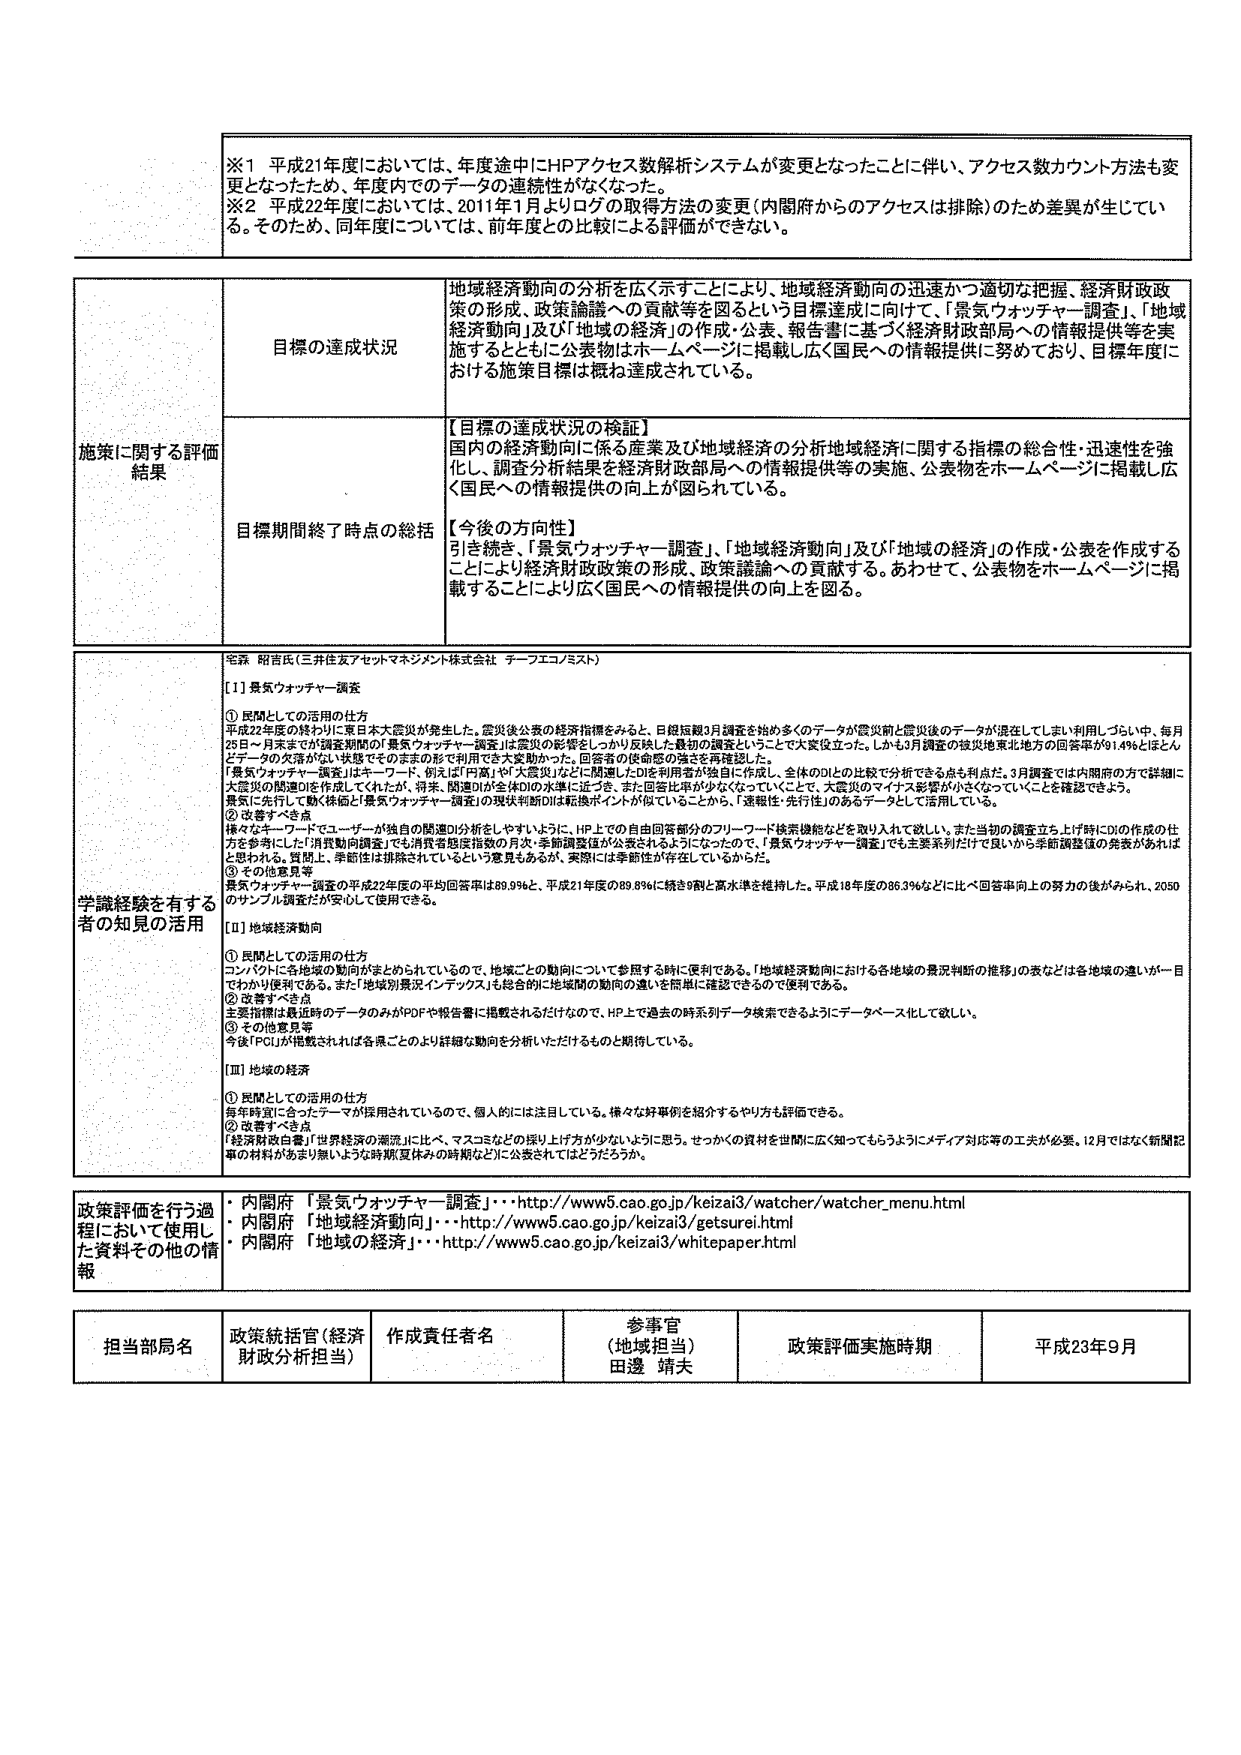
※1 平成21年度においては、年度途中にHPアクセス数解析システムが変更となったことに伴い、アクセス数カウント方法も変更となったため、年度内でのデータの連続性がなくなった。

※2 平成22年度においては、2011年1月よりログの取得方法の変更（内閣府からのアクセスは排除）のため差異が生じている。そのため、同年度については、前年度との比較による評価ができない。

施策に関する評価結果

目標の達成状況
地域経済動向の分析を広く示すことにより、地域経済動向の迅速かつ適切な把握、経済財政政策の形成、政策議論への貢献等を図るという目標達成に向けて、「景気ウォッチャー調査」、「地域経済動向」及び「地域の経済」の作成・公表、報告書に基づく経済財政部局への情報提供等を実施するとともに公表物はホームページに掲載し広く国民への情報提供に努めており、目標年度における施策目標は概ね達成されている。

目標期間終了時点の総括
【目標の達成状況の検証】
国内の経済動向に係る産業及び地域経済の分析地域経済に関する指標の総合性・迅速性を強化し、調査分析結果を経済財政部局への情報提供等の実施、公表物をホームページに掲載し広く国民への情報提供の向上が図られている。

【今後の方向性】
引き続き、「景気ウォッチャー調査」、「地域経済動向」及び「地域の経済」の作成・公表を作成することにより経済財政政策の形成、政策議論への貢献する。あわせて、公表物をホームページに掲載することにより広く国民への情報提供の向上を図る。

学識経験を有する者の知見の活用

宅銘 昭吉氏（三井住友アセットマネジメント株式会社 テーフエコノミスト）

【Ⅰ】景気ウォッチャー調査
① 民間としての活用の仕方
平成22年度の終わりに東日本大震災が発生した。震災後公表の経済指標をみると、日銀短観3月調査を始め多くのデータが震災前と震災後のデータが混在してしまい利用しづらい中、毎月25日～月末までが調査期間の「景気ウォッチャー調査」は震災の影響をしっかり反映した最初の調査ということで大変役立った。しかし3月調査の被災地東北地方の回答率が9.4％とほとんどデータの欠落がない状態でそのままの形で利用できる変動があった。回答者の使命感の強さを再確認した。
「景気ウォッチャー調査」はキーワード、例えば「円高」や「大震災」などに関連したDIを利用者が独自に作成し、全体のDIとの比較で分析できる点も利点だ。3月調査では内閣府の方で詳細に大震災の関連DIを作成してくれたが、将来、関連DIが全体DIの水準に近づき、また回答比率が少なくなっていくことで、大震災のマイナス影響が小さくなっていくことを確認できる。景気と先行して動く株価と「景気ウォッチャー調査」の現状判断DIは転換ポイントが似ていることから、「連載性・先行性」のあるデータとして活用している。

② 改善すべき点
様々なキーワードでユーザーが独自の関連DI分析をしやすいように、HPでの自由回答部分のフリーワード検索機能などを取り入れて欲しい。また当初の調査立ち上げ時にDIの作成の仕方を参考にした「消費動向調査」でも消費者態度指数の月次・季節調整値が公表されるようになったので、「景気ウォッチャー調査」でも主要系列だけで良いから季節調整値の発表があればと思われる。質問上、季節性は排除されているという意見もあるが、実際には季節性が存在しているからだ。

③ その他意見等
景気ウォッチャー調査の平成22年度の平均回答率は89.9％と、平成21年度の89.8％に続き9割と高水準を維持した。平成18年度の86.3％などに比べ回答率向上の努力の後がみられ、2050のサンプル調査だが安心して使用できる。

【Ⅱ】地域経済動向
① 民間としての活用の仕方
コンパクトに各地域の動向がまとめられているので、地域ごとの動向について参照する時に便利である。「地域経済動向における各地域の景況判断の推移」の表などは各地域の違いが一目でわかり便利である。また「地域別景況インデックス」も総合的に地域間の動向の違いを簡単に確認できるので便利である。

② 改善すべき点
主要指標は最近時のデータのみがPDFや報告書に掲載されるだけなので、HP上で過去の時系列データ検索できるようにデータベース化して欲しい。

③ その他意見等
今後「PCI」が掲載されれば各県ごとのより詳細な動向を分析いただけるものと期待している。

【Ⅲ】地域の経済
① 民間としての活用の仕方
毎年時宜に合ったテーマが採用されているので、個人的には注目している。様々な好事例を紹介するやり方も評価できる。

② 改善すべき点
「経済財政白書」「世界経済の潮流」に比べ、マスコミなどの採り上げ方が少ないように思う。せっかくの資料を世間に広く知ってもらうようにメディア対応等の工夫が必要。12月ではなく新聞記事の材料があまり無いような時期（夏休みの時期など）に公表されてはどうだろうか。

政策評価を行う過程において使用した資料その他の情報
・ 内閣府 「景気ウォッチャー調査」・・・http://www5.cao.go.jp/keizai3/watcher/watcher_menu.html
・ 内閣府 「地域経済動向」・・・http://www5.cao.go.jp/keizai3/getsurei.html
・ 内閣府 「地域の経済」・・・http://www5.cao.go.jp/keizai3/whitepaper.html

担当部局名
政策統括官（経済財政分析担当）

作成責任者名
参事官（地域担当）
田邊 靖夫

政策評価実施時期
平成23年9月